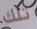
تلك